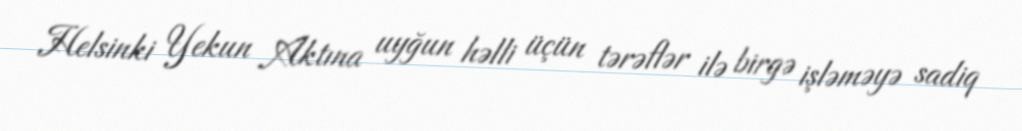
Helsinki Yekun Aktına uyğun həlli üçün tərəflər ilə birgə işləməyə sadiq